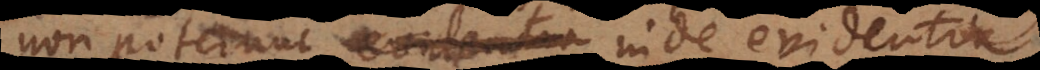
non poterunt inde evidentia